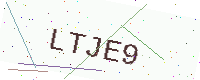
Text: LTJE9